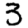
Digit: 3